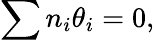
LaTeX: \sum n_{i}\theta_{i}=0,